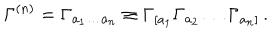
\Gamma ^ { ( n ) } = \Gamma _ { a _ { 1 } \ldots a _ { n } } \equiv \Gamma _ { [ a _ { 1 } } \Gamma _ { a _ { 2 } } \ldots \Gamma _ { a _ { n } ] } \, .